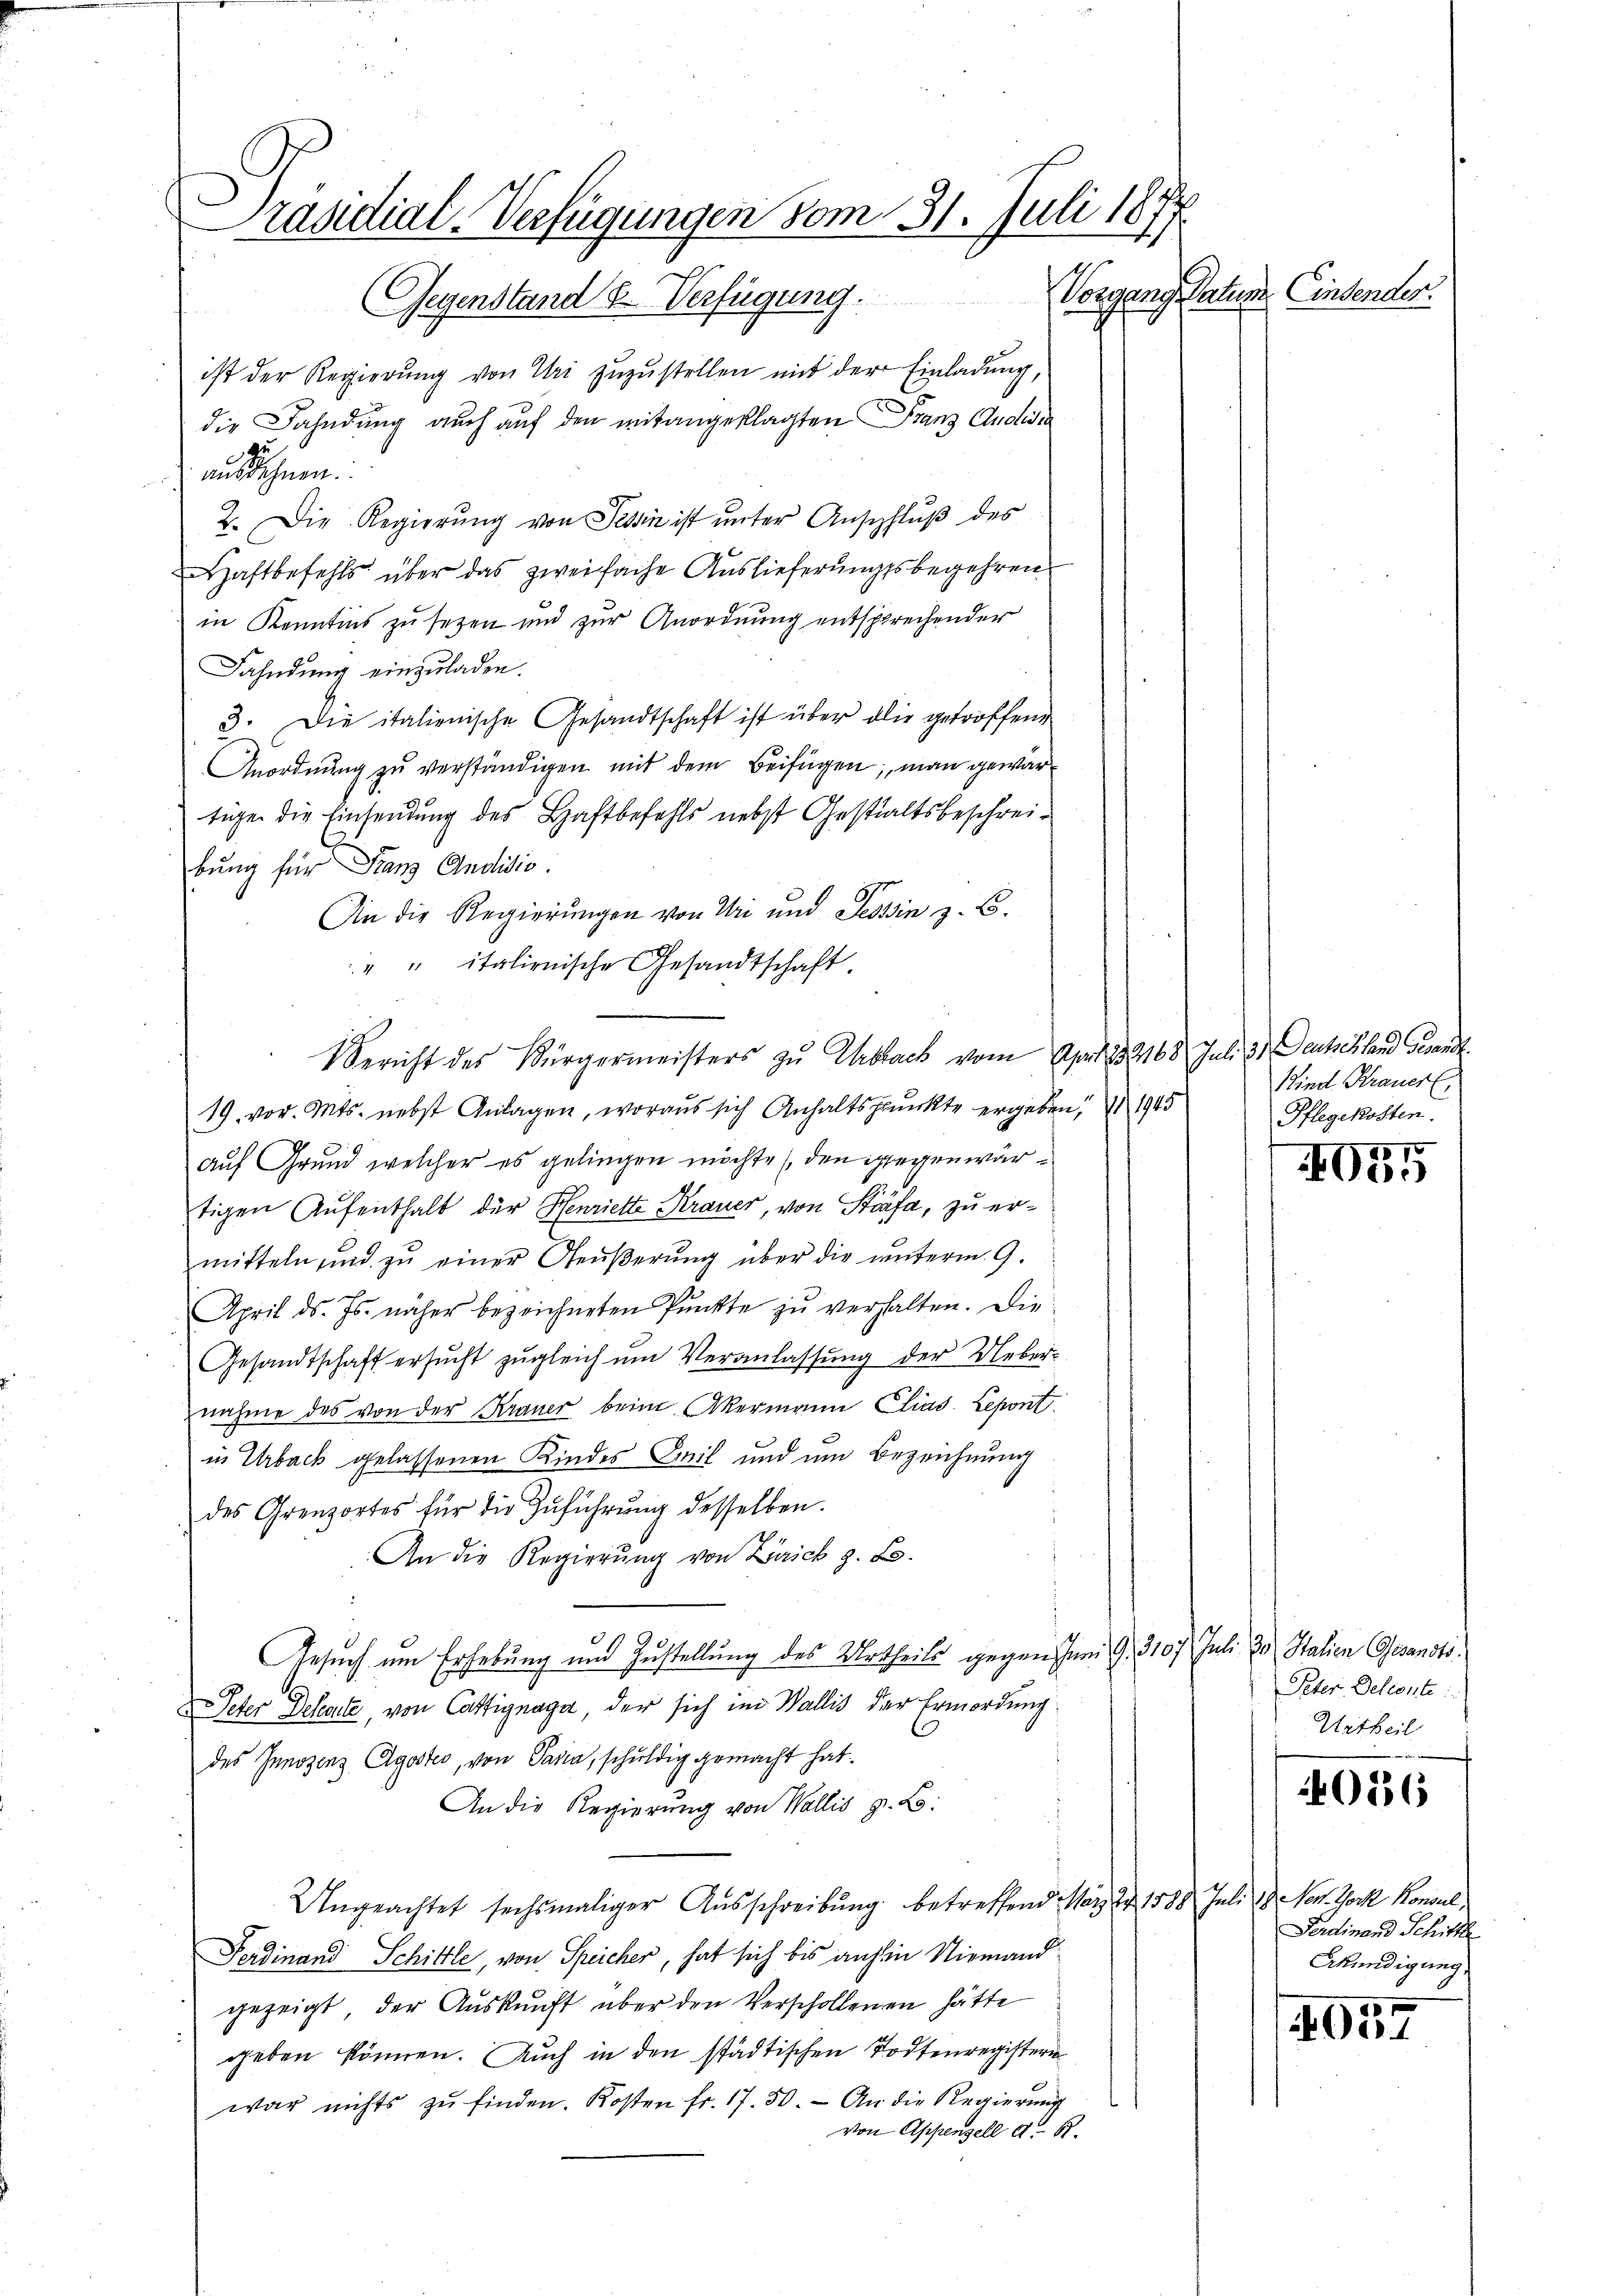
Präsidial-Verfügungen vom 31. Juli 187
Vorgang Satum Einsender.
Gegenstand u. Verfügung.

ist der Regierung von Uri zuzustellen mit der Einladung,
die Fahndung auch auf den mitangeklagten Franz Audien
zu
ausdehnen.
2. Die Regierŭng von Tessin ist unter Anschluß des
Haftbefehls über das zweifache Auslieferungsbegehren
in Kenntins zu sezen und zur Anordnung entsprechender
Fahndung einzuladen.
3. Die italienische Gesandtschaft ist über die getroffend
Anordnung zu verständigen mit dem Beifügen; man gewärtige die Einsendung des Haftbefehls nebst Gestaltsbeschreibung für Franz Andidio.
Die die Regierungen von Uri und Tessin z. B.
" " italienische Gesandtschaft.
19. vor. Mts. nebst Anlagen, woraus sich Anhaltspunkte ergeben, § 1945
Auf Grund welcher es gelingen möchte (den gegenwärtigen Aufenthalt der Henriette Krauer, von Stäfa, zu ermitteln und zu einer Aeußerung über die unterm 9.
April d. Js. näher bezeichneten Punkte zu verhalten. Die
Gesandtschaft ersŭcht zugleich um Veranlassung der Ueber-
nahme des von der Krauer beim Akermann Clias Lepont.
in Urback gelassenen Kindes Emil und um Bezeichnung
des Grenzortes für die Zuführŭng desselben.
An die Regierung von Zürich z. B.
Gesuch um Erhebung und Zustellung des Urtheils gegen Juni G. 3107 Juli 30. Stalien Gesandts
 Peter Deleute, von Cassignaga, der sich im Wallis der Ermordung
des Innozenz Agoster, von Paria, schuldig gemacht hat.
An die Regierung von Wallis z. B.
Ungeachtet sechsmaliger Aŭsschreibŭng betreffend War d. 1588 Juli 13. Non Joch Konsul
Ferdinand Schittle, von Speicher, hat sich bis anhin Niemand
gezeigt, der Auskunft über den Verschollenen hätte
geben können. Auch in den städtischen Todtenregistern
war nichts zŭ finden. Kosten fr. 17. 50. An die Regierŭng
von Appenzell A. 61.

Bericht des Bürgermeisters zŭ Ursack vom Art. 132168 Juli 21 Deutschland Gewandt

Kind Krauerl
Pflegekosten.
1

03.

Peter, Deliante:
Urtheil

4036

Ferdinand Schift
Akundigung

4057